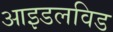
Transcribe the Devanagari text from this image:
आइडलविड